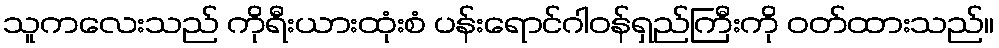
သူကလေးသည် ကိုရီးယားထုံးစံ ပန်းရောင်ဂါဝန်ရှည်ကြီးကို ဝတ်ထားသည်။